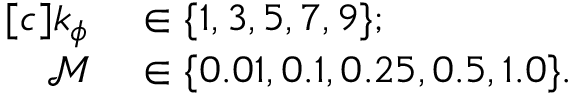
\begin{array} { r l } { [ c ] k _ { \phi } } & { { } \in \{ 1 , 3 , 5 , 7 , 9 \} ; } \\ { \mathcal { M } } & { { } \in \{ 0 . 0 1 , 0 . 1 , 0 . 2 5 , 0 . 5 , 1 . 0 \} . } \end{array}